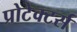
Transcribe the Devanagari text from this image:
प्रोटेक्टर्स